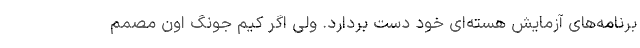
برنامه‌های آزمایش هسته‌ای خود دست بردارد. ولی اگر کیم جونگ اون مصمم